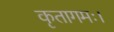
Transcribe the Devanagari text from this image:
कृतागमः।